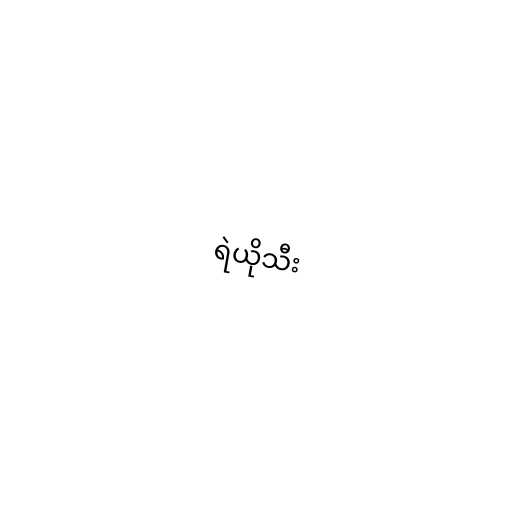
ရဲယိုသီး